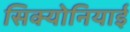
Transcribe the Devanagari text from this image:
सिक्योनियाई